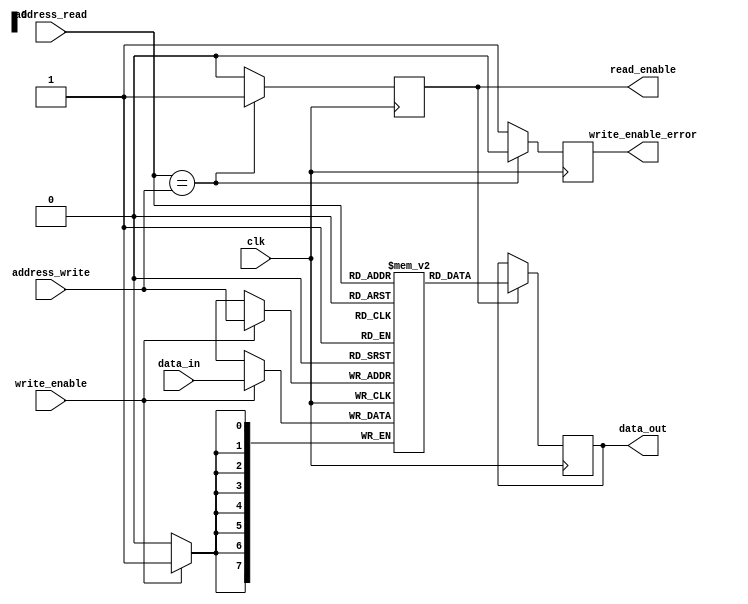
module DualPortRAM (
    input wire clk,
    input wire [7:0] address_read,
    input wire [7:0] address_write,
    input wire write_enable,
    input wire [7:0] data_in,
    output reg [7:0] data_out,
    output reg read_enable,
    output reg write_enable_error
);

reg [7:0] mem [0:255];

always @(posedge clk) begin
    if (read_enable) begin
        data_out <= mem[address_read];
    end
    if (write_enable) begin
        mem[address_write] <= data_in;
    end
end

always @(posedge clk) begin
    if (address_read == address_write) begin
        read_enable <= 1;
        write_enable_error <= 0;
    end else begin
        read_enable <= 0;
        write_enable_error <= 1;
    end
end

endmodule